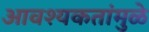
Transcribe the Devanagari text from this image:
आवश्यकतांमुळे